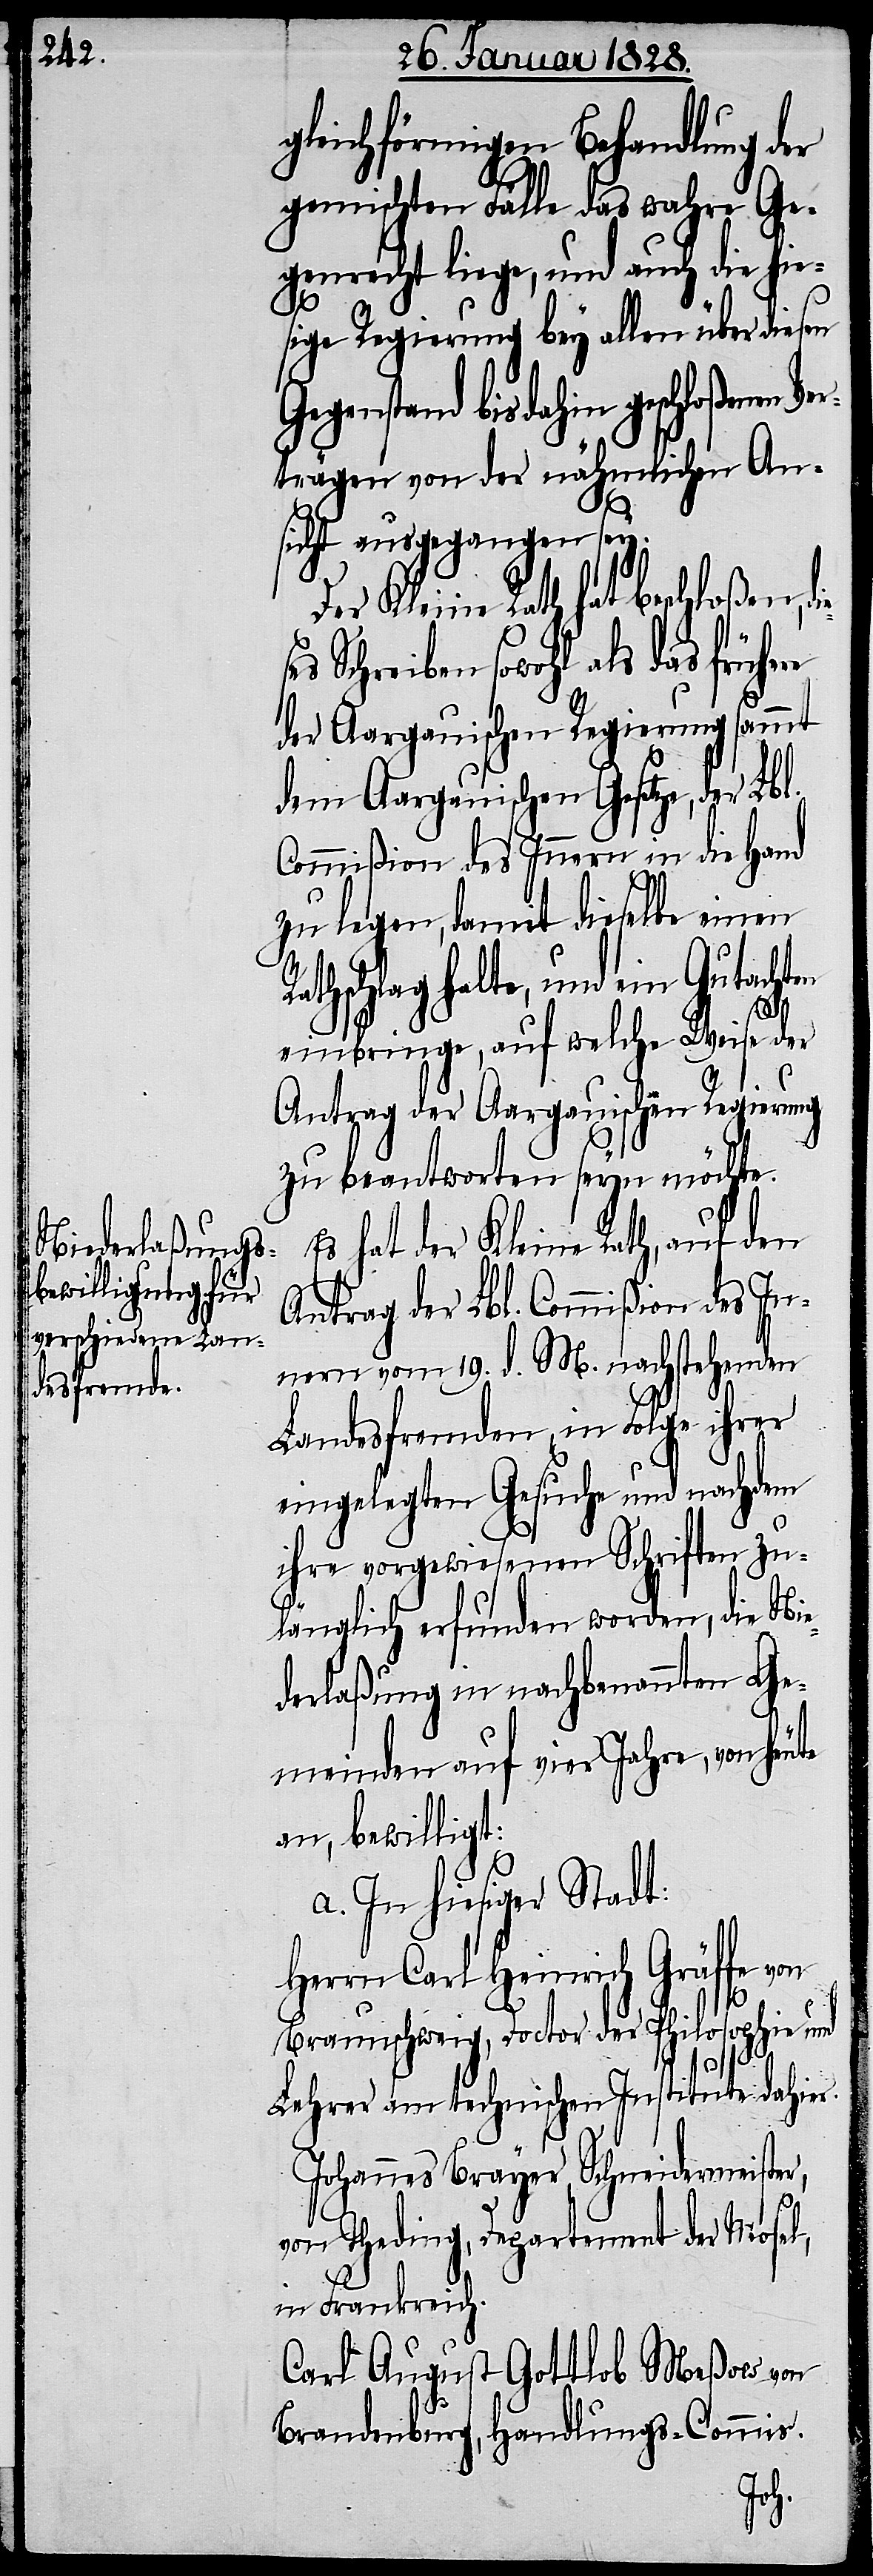
Es hat der Kleine Rath, auf den
Antrag der Lbl. Commißion des In¬
nern vom 19. d. M. nachstehenden
Landesfremden, in Folge ihrer
eingelegten Gesuche und nachdem
ihre vorgewiesenen Schriften zu¬
länglich erfunden worden, die Nie¬
derlaßung in nachbenannten Ge¬
meinden auf vier Jahre, von heute
an, bewilligt:
a. In hiesiger Stadt.
Herrn Carl Heinrich Gräffe
Braunschweig, Doctor der Philosophie und
Lehrer am technischen Institute dahier.
Johannes Brayer, Schneidermeister,
von Theding, Departement der Mosel,
in Frankreich.
Carl August Gottlob Meßow von
Brandenburg, Handlungs-Commis.